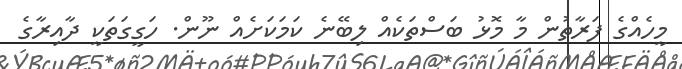
މީހެއްގެ ފަރާތުން މާ މޮޅު ބަސްތަކެއް ލިބޭނެ ކަމަކަށެއް ނޫން. ހަގީގަތަކީ ދާއިރާގެ